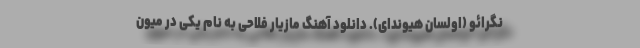
نگرائو (اولسان هیوندای). دانلود آهنگ مازیار فلاحی به نام یکی در میون